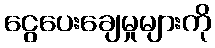
ငွေပေးချေမှုများကို